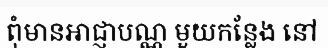
ពុំមានអាជ្ញាបណ្ណ មួយកន្លែង នៅ